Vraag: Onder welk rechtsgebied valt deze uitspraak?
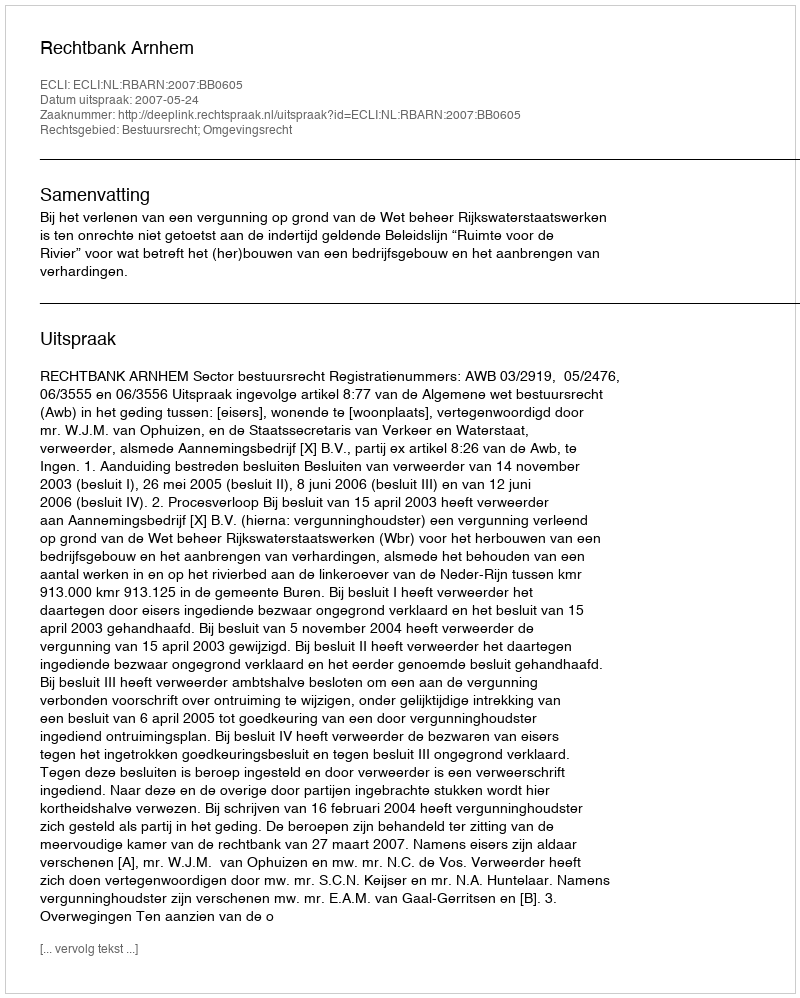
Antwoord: Bestuursrecht; Omgevingsrecht